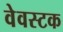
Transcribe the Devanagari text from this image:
वेवस्टक